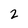
Character: 2